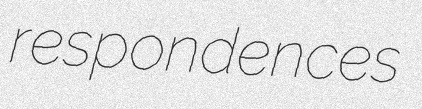
respondences